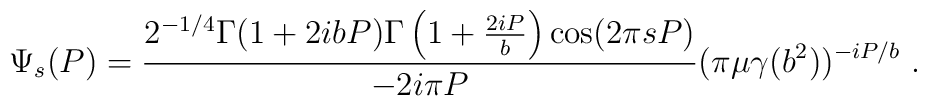
\Psi_s (P) = \frac{2^{-1/4} \Gamma (1 + 2 i b P)    \Gamma \left( 1 + \frac{ 2 i P}{b} \right) \cos (2 \pi s P)}    { - 2 i \pi P} ( \pi \mu \gamma (b^2))^{- i P /b} ~.